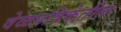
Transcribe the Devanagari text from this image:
वेळपत्रिकेतील